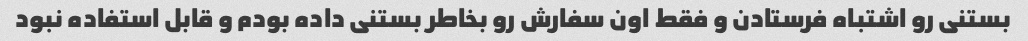
بستنی رو اشتباه فرستادن و فقط اون سفارش رو بخاطر بستنی داده بودم و قابل استفاده نبود